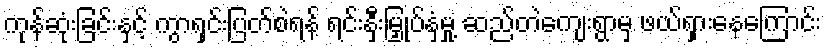
ကုန်ဆုံးခြင်းနှင့် ကွာရှင်းပြတ်စဲရန် ရင်းနှီးမြှုပ်နှံမှု့ ဆည်တဲကျေးရွာမှ ဖယ်ရှားနေကြောင်း